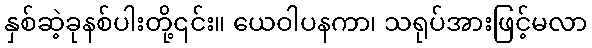
နှစ်ဆဲ့ခုနစ်ပါးတို့၎င်း။ ယေဝါပနကာ၊ သရုပ်အားဖြင့်မလာ